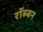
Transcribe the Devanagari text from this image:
रॉब्‍बन